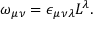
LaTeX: \omega _ { \mu \nu } = \epsilon _ { \mu \nu \lambda } { \cal L } ^ { \lambda } .